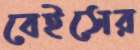
বেইসের